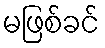
မဖြစ်ခင်